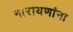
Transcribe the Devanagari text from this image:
नारायणांना